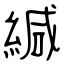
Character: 緘